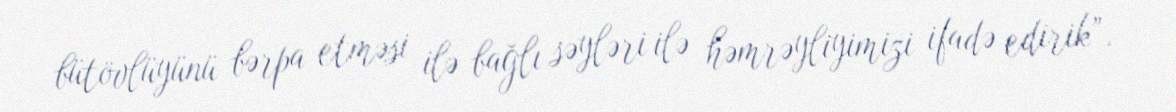
bütövlüyünü bərpa etməsi ilə bağlı səyləri ilə həmrəyliyimizi ifadə edirik”.